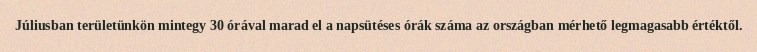
Júliusban területünkön mintegy 30 órával marad el a napsütéses órák száma az országban mérhető legmagasabb értéktől.